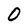
Character: 0